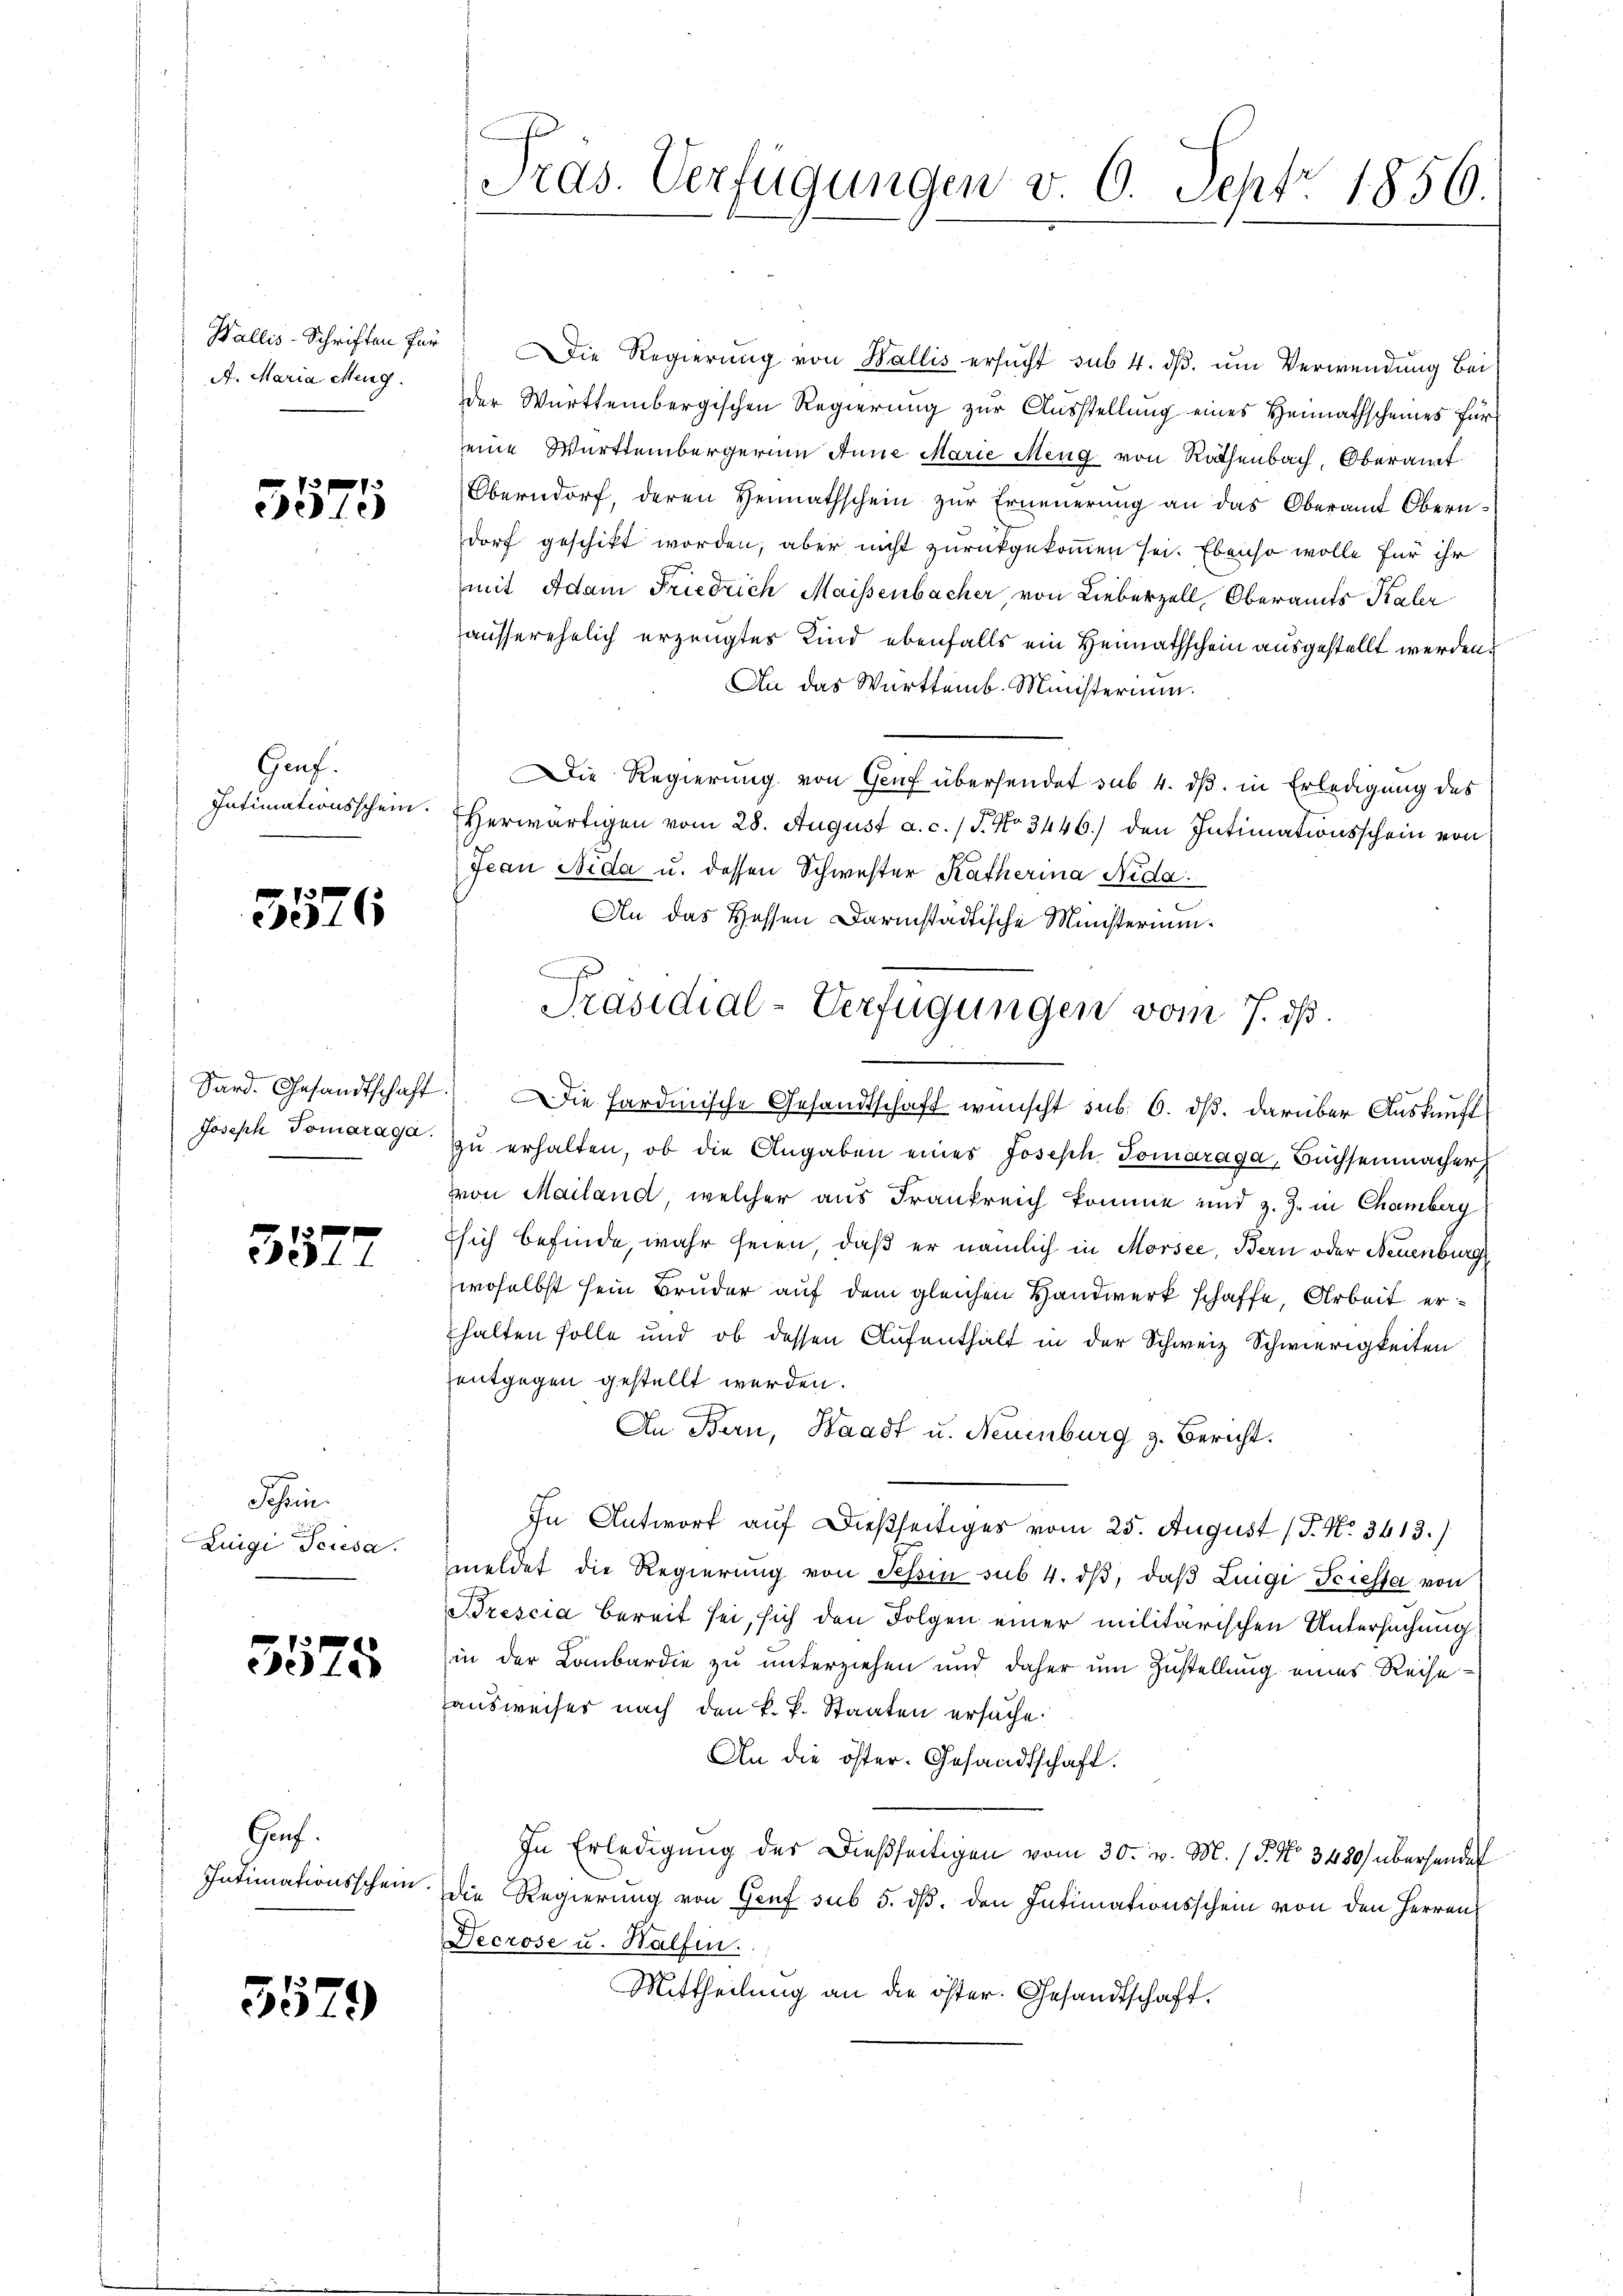
A. Maria Meng

3575

Genf.
Intimationsschein.

5576

Joseph Tomaraga.

3577

Schein.
Luigi Triesa

5575

Guf.
Intimationsschein.

3579

Wallis-Schriften für Die Regierŭng von Wallis ersŭcht sub 4. dβ. ŭm Verwendung bei
der Württembergischen Regierung zur Ausstellung eines Heimathscheines für
eine Württembergerinn Anne Marie Meng von Räthenbach, Oberamt
Oberndorf, deren Hennathschein zur Erneuerung an das Oberamt Obern-
dorf geschikt worden, aber nicht zurückgekommen sei. Ebenso wolle für ihr
mit Adam Friedrich Maissenbacher von Lieberzell, Oberamts Kaler
ausserehelich erzeugtes Kind ebenfalls ein Heimathschein ausgestellt werden.
An das Württemb. Ministerium.
Die Regierung von Genf übersendet sub 4. dß. in Erledigung des
Herwärtigen vom 28. August a. c. / J. No 3446.) den Intimationsschein von
Jean Nida u. dessen Schwester Katherina Nida.
An das Hessen Darmstädtische Ministerium.
.
Sard. Gesandtschaft. Die Sardinische Gesandtschaft wünscht sub. 6. dß. darüber Auskunft
zŭ erhalten, ob die Angaben eines Joseph Tomaraga, Büchsenmacher,
von Mailand, welcher aus Frankreich komme und z. Z. in Chamberg
Esich befinde, wahr seien, daß er nämlich in Morsee, Bern oder Neuenburg
woselbst sein Bruder auf dem gleichen Handwerk schaffe, Arbeit erhalten solle und ob dessen Aufenthalt in der Schweiz Schwierigkeiten
entgegen gestellt werden.
An Bern, Waadt u. Neuenburg z. Bericht.
In Antwort auf dießseitiges vom 25. August (T. No. 3413.)
meldet die Regierung von Tessin sub 4. dβ, daβ Luigi Triesa von
Brescia bereit sei, sich den Folgen einer militärischen Untersuchung
in der Lombardie zu unterziehen und daher um Zustellung eines Reise-
ausweiser nach den k. k. Staaten ersuche.
An die öster. Gesandtschaft.
In Erledigung der dießseitigen vom 30. v. M. / 5. No. 3480) überhander
die Regierung von Genf sub 5. dß. den Intimationsschein von den Herren
Decrose u. Halfen.
Mittheilung an die öster. Gesandtschaft.

Pras. Verfügungen v. 6. Sept 1856.

Präsidial-Verfügungen vom 7. ds.